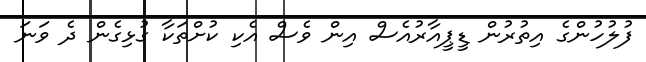
ފުލުހުންގެ އިތުރުން ޑީޕީއާރުއެސް އިން ވެސް އެކި ކުށްތަކާ ގުޅިގެން ދެ ވަނަ